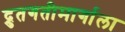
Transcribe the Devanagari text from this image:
द्रुतगतीमार्गाला